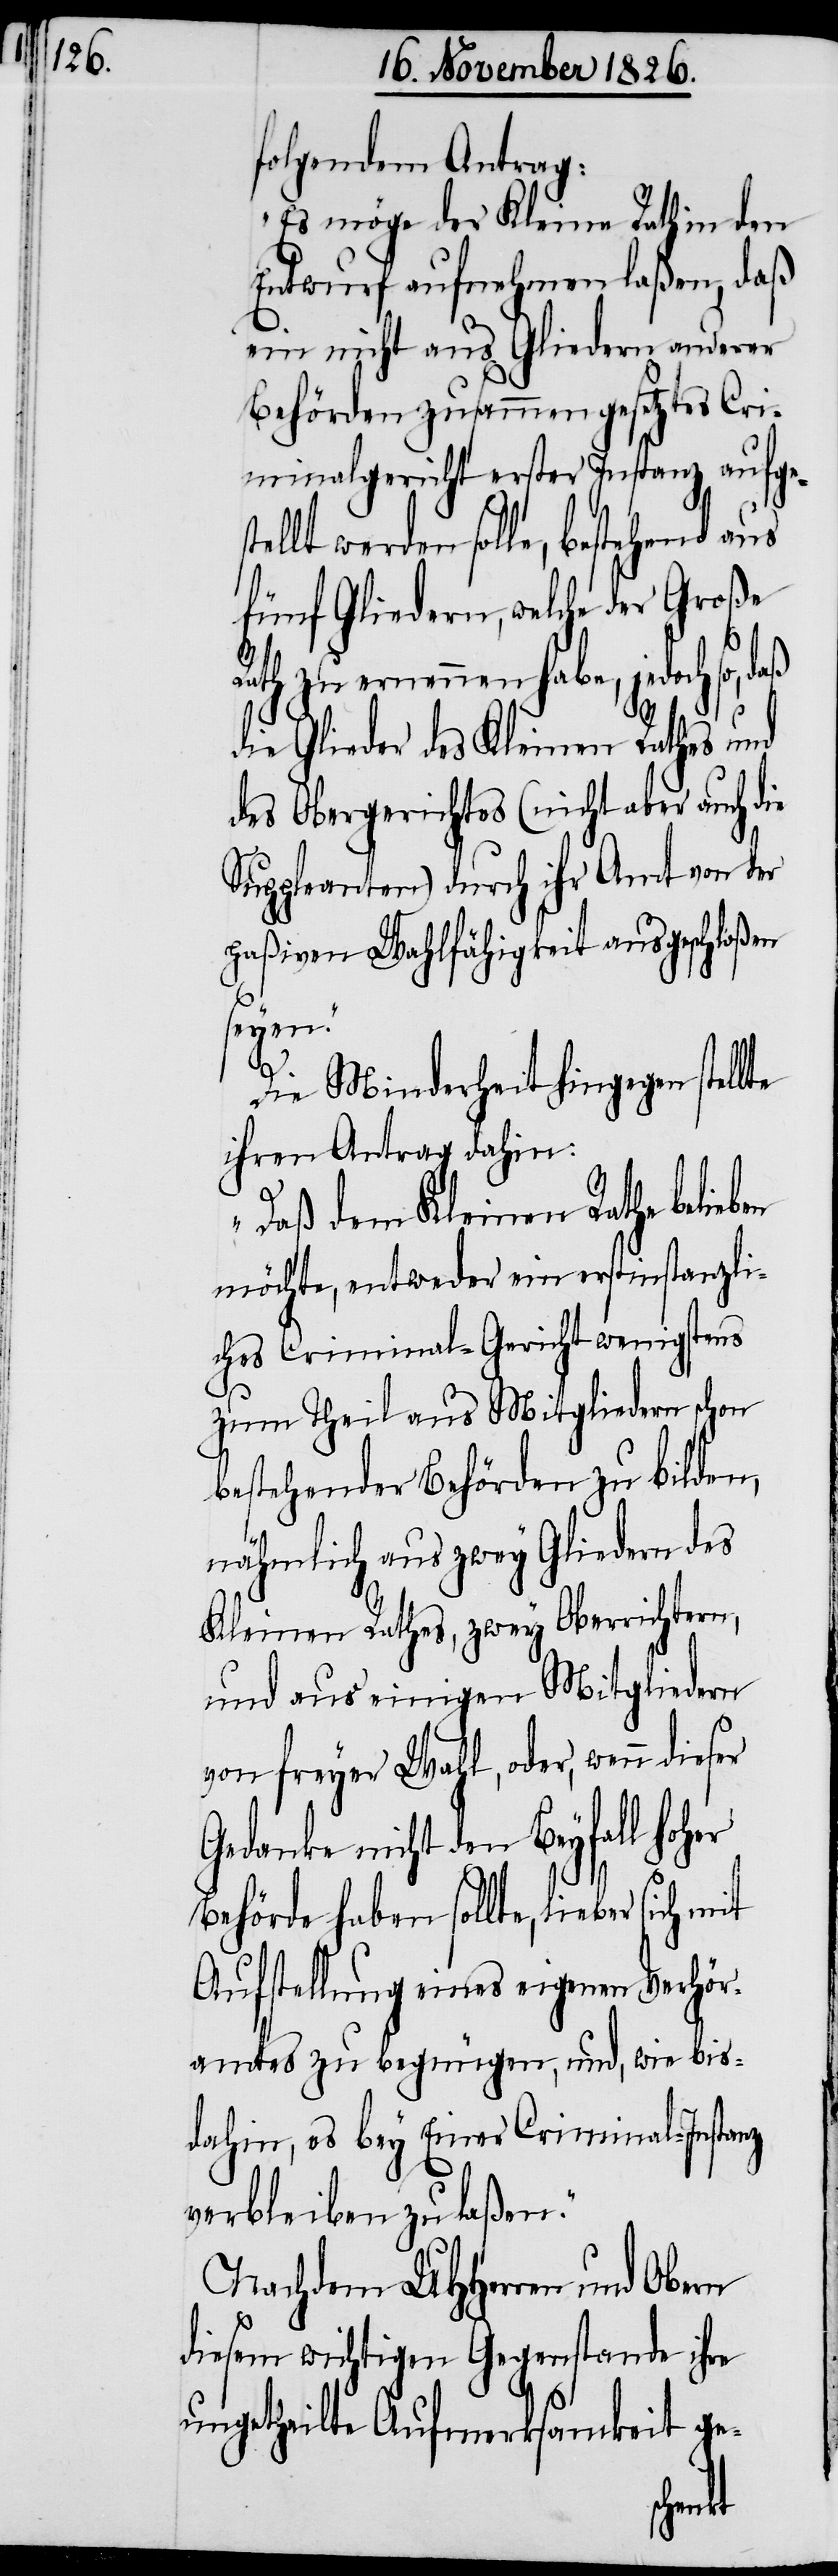
folgendem Antrag:
„Es möge der Kleine Rath in den
Entwurf aufnehmen laßen, daß
ein nicht aus Gliedern anderer
Behörden zusammengesetztes Cri¬
minalgericht erster Instanz aufges¬
tellt werden solle, bestehend aus
fünf Gliedern, welche der Große
Rath zu ernennen habe, jedoch so,
die Glieder des Kleinen Rathes und
des Obergerichtes (nicht aber auch die
Suppleanten) durch ihr Amt von der
paßiven Wahlfähigkeit ausgeschloßen
seyen.“
en
Die Minderheit hingegen stellte
ihren Antrag dahin:
„Daß dem Kleinen Rathe belieb¬
möchte, entweder ein erstinstanzli¬
ches Criminal-Gericht wenigstens
zum Theil aus Mitgliedern schon
bestehender Behörden zu bilden,
nähmlich aus zwey Gliedern des
Kleinen Rathes, zwey Oberrichtern,
und aus einigen Mitgliedern
von freyer Wahl, oder, wenn dieser
Gedanke nicht den Beyfall ho¬
Behörde haben sollte, lieber
Aufstellung eines eigenen Verhör¬
amtes zu begnügen, und, wie bis¬
dahin, es bey Einer Criminal-Instanz
verbleiben zu laßen.“
Nachdem UHHerren und Obern
diesem wichtigen Gegenstand ihre
ungetheilte Aufmerksamkeit ge-
her